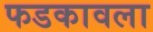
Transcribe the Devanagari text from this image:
फडकावला